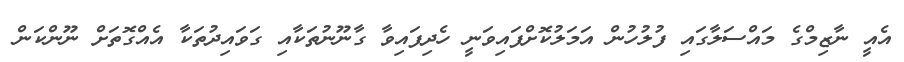
އެއީ ނާޒިމްގެ މައްސަލާގައި ފުލުހުން އަމަލުކޮށްފައިވަނީ ހެދިފައިވާ ގާނޫނުތަކާއި ގަވައިދުތަކާ އެއްގޮތަށް ނޫންކަން